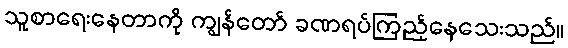
သူစာရေးနေတာကို ကျွန်တော် ခဏရပ်ကြည့်နေသေးသည်။